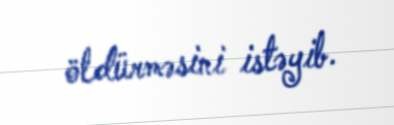
öldürməsini istəyib.